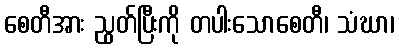
စေတီအား ညွတ်ပြီးကို တပါးသောစေတီ၊ သံဃာ၊